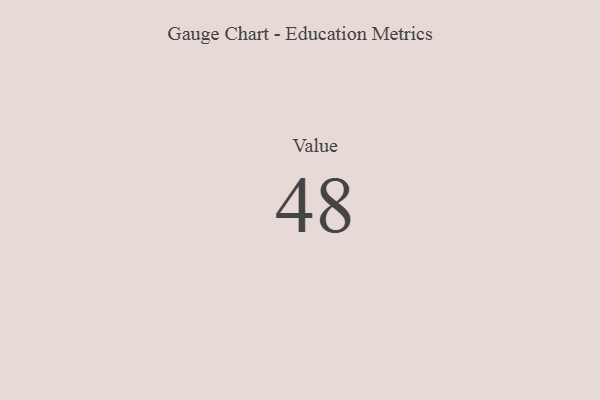
{"axis": {"x": "Metric", "y": "Value"}, "legend": [""], "data": [{"x": "Value", "y": 48, "type": ""}]}